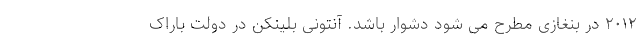
۲۰۱۲ در بنغازی مطرح می شود دشوار باشد. آنتونی بلینکن در دولت باراک